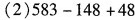
(2)$$5 8 3 - 1 4 8 + 4 8$$